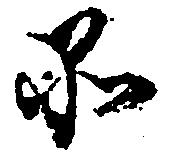
品